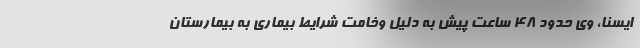
ایسنا، وی حدود ۴۸ ساعت پیش به دلیل وخامت شرایط بیماری به بیمارستان